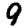
Digit: 9